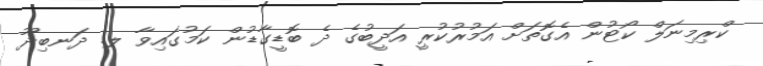
ކްރިމިނަލް ކޯޓުން އެގޮތަށް އަމުރުކުރީ އަދީބުގެ ދެ ބޮޑީގާޑުން ކަމުގައިވާ ލ. ދަނބިދޫ